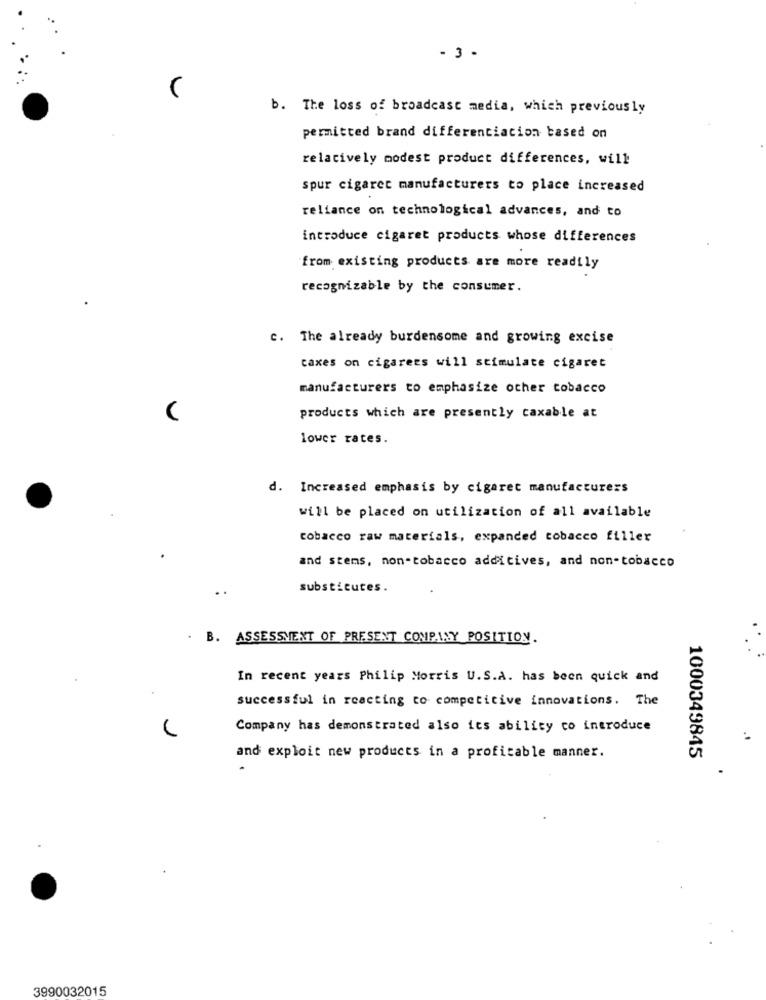
- 3 .
b. The loss of broadcast media, which previously
permitted brand differentiation based on
relatively modest product differences, will
spur cigaret manufacturers to place increased
reliance on technological advances, and to
introduce cigaret products whose differences
from existing products are more readily
recognizable by the consumer.
c. The already burdensome and growing excise
taxes on cigarees will stimulate cigaret
manufacturers to emphasize ocher tobacco
products which are presently caxable at
lower rates.
d. Increased emphasis by cigaret manufacturers
will be placed on utilization of all available
tobacco raw materials, expanded tobacco filler
and stems, non-tobacco additives, and non-tobacco
substitutes.
. B. ASSESSMENT OF PRESENT COMPANY POSITION.
In recent years Philip Morris U.S.A. has been quick and
.
successful in reacting to competitive innovations. The
Company has demonstrated also its ability to introduce
1000349845
and exploit new products in a profitable manner.
3990032015